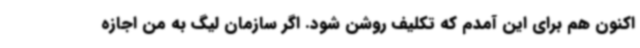
اکنون هم برای این آمدم که تکلیف روشن شود. اگر سازمان لیگ به من اجازه